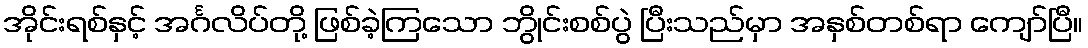
အိုင်းရစ်နှင့် အင်္ဂလိပ်တို့ ဖြစ်ခဲ့ကြသော ဘွိုင်းစစ်ပွဲ ပြီးသည်မှာ အနှစ်တစ်ရာ ကျော်ပြီ။